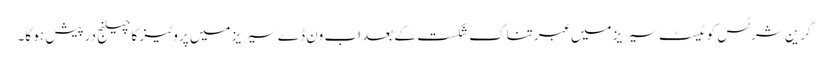
گرین شرٹس کو ٹیسٹ سیریز میں عبرتناک شکست کے بعد اب ون ڈے سیریز میں پروٹیز کا چیلنج درپیش ہو گا۔